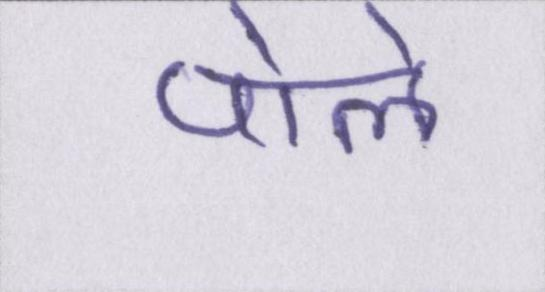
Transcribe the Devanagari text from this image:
पोले